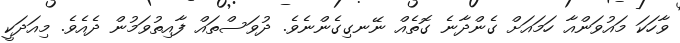
ވާހަކަ މައުވަންއާ ހަމައަށް ގެންދާނެ ގޮތެއް ނޭނގިގެންނެވެ. ދުވަސްތައް ފާއިތުވަމުން ދެއެވެ. މިއަދަކީ